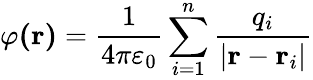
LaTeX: \varphi\mathbf{(r)}={\frac{1}{4\pi\varepsilon_{0}}}\sum_{i=1}^{n}{\frac{q_{i}}{\left|\mathbf{r}-\mathbf{r}_{i}\right|}}